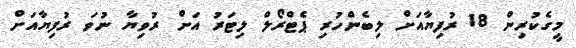
މީގެކުރިން 18 ރުފިޔާއަށް ލިބެންހުރި ޕެޓްރޯލް ލިޓަރު އަށް ރުވިޔާ ނުވަ ރުފިޔާއަށް